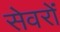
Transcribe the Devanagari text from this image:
सेवरों